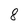
Character: 8